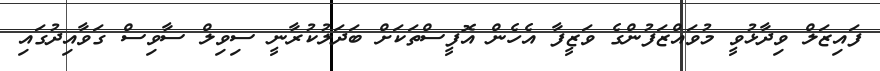
ފައިޒަލް ވިދާޅުވީ މުވައްޒަފުންގެ ވަޒީފާ އެހެން އޮފީސްތަކަށް ބަދަލުކުރާނީ ސިވިލް ސާވިސް ގަވާއިދުގައި